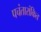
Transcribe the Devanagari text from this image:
पचंतारांकित